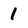
Character: 1